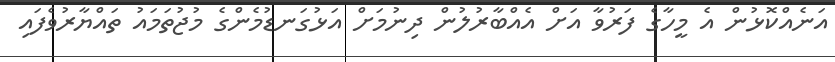
އަނެއްކޮޅުން އެ މީހާގެ ފަރުވާ އަށް އެއްބާރުލުން ދިނުމަށް އަޅުގަނޑުމެންގެ މުޖުތަމައު ތައްޔާރުވެފައި